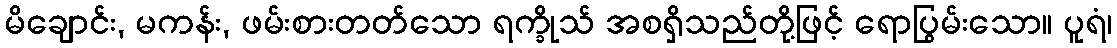
မိချောင်း, မကန်း, ဖမ်းစားတတ်သော ရက္ခိုသ် အစရှိသည်တို့ဖြင့် ရောပြွမ်းသော။ ပူရံ၊